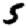
Digit: 5